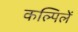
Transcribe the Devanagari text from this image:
कल्पिलें